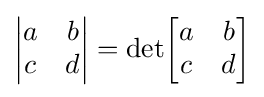
{\begin{vmatrix}a&b\\c&d\end{vmatrix}}=\det \!{\begin{bmatrix}a&b\\c&d\end{bmatrix}}